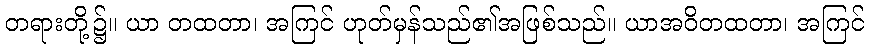
တရားတို့၌။ ယာ တထတာ၊ အကြင် ဟုတ်မှန်သည်၏အဖြစ်သည်။ ယာအဝိတထတာ၊ အကြင်